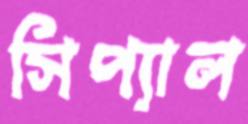
সিপ্যাল